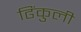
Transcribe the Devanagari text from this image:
ढिंकुली